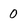
Character: 0